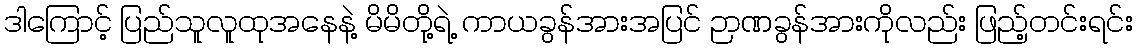
ဒါကြောင့် ပြည်သူလူထုအနေနဲ့ မိမိတို့ရဲ့ ကာယခွန်အားအပြင် ဉာဏခွန်အားကိုလည်း ဖြည့်တင်းရင်း